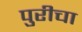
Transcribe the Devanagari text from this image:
पुरीचा